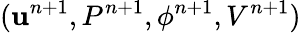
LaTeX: (\textbf{u}^{n+1},P^{n+1},\phi^{n+1},V^{n+1})